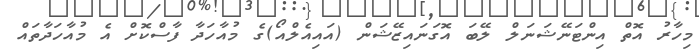
މިހާރު އޮތް އިންޓަނޭޝަނަލް ލޭބަ އޮގަނައިޒޭޝަން (އައިއެލްއޯ)ގެ މުއާހަދާ ފާސްކޮށް އެ މުއާހަދާތައް